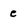
Character: e